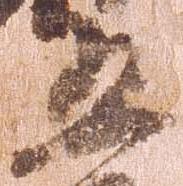
五